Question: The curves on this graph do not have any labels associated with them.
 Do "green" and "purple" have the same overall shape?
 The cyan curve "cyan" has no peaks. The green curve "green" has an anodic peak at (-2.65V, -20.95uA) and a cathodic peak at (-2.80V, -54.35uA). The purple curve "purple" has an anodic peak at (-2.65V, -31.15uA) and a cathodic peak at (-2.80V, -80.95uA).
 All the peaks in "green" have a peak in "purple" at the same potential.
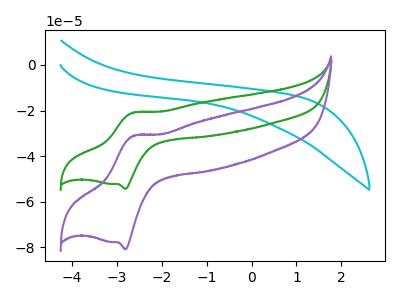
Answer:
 <answer>"green" and "purple" are similar in shape.</answer>
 <eval>same_shape</eval>